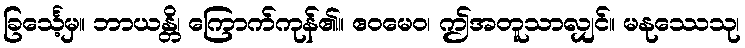
ခြင်္သေ့မှ။ ဘာယန္တိ၊ ကြောက်ကုန်၏။ ဧဝမေဝ၊ ဤအတူသာလျှင်။ မနုဿေသု၊